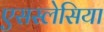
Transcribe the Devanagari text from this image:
एसस्लेसिया